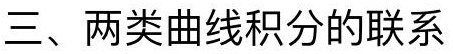
三、两类曲线积分的联系